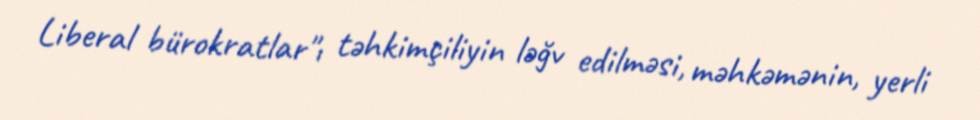
Liberal bürokratlar"ı təhkimçiliyin ləğv edilməsi, məhkəmənin, yerli